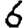
Digit: 6